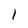
Character: 1